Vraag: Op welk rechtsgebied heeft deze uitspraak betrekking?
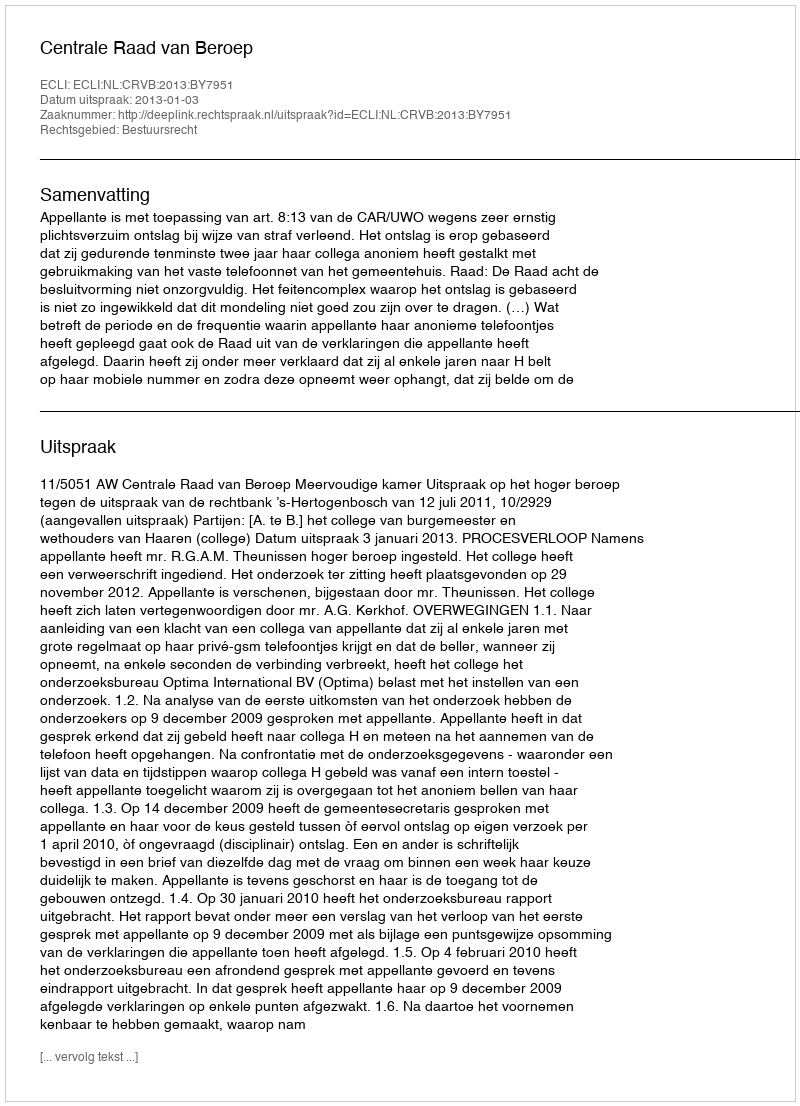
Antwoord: Bestuursrecht